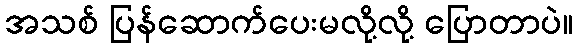
အသစ် ပြန်ဆောက်ပေးမလို့လို့ ပြောတာပဲ။